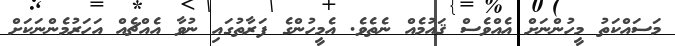
މަސައްކަތު މީހުންނަށް އެއްވެސް ޤައުމެއް ނެތެވެ. އެމީހުންގެ ފަރާތުގައި ނުވާ އެއްޗެއް އަހަރުމެންނަކަށް